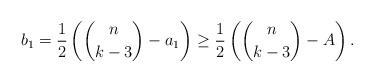
LaTeX: \begin{align*} b_1&=\frac{1}{2}\left(\binom{n}{k-3}-a_1\right) \ge\frac{1}{2}\left(\binom{n}{k-3}-A\right).\end{align*}